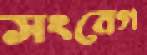
সংবেগ